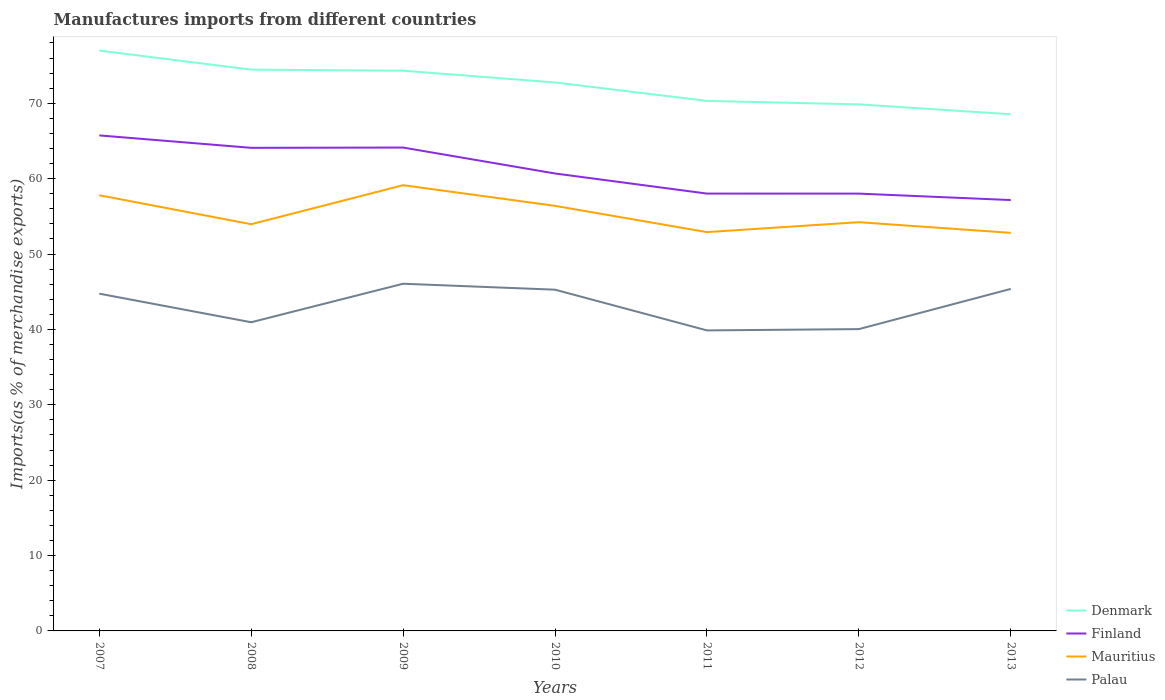
| Years | Denmark | Finland | Mauritius | Palau |
 | --- | --- | --- | --- | --- |
 | 2007 | 77 | 65.7 | 57.8 | 44.7 |
 | 2008 | 74.5 | 64.1 | 54 | 40.9 |
 | 2009 | 74.3 | 64.1 | 59.1 | 46.1 |
 | 2010 | 72.8 | 60.7 | 56.4 | 45.3 |
 | 2011 | 70.3 | 58 | 52.9 | 39.9 |
 | 2012 | 69.9 | 58 | 54.2 | 40 |
 | 2013 | 68.5 | 57.2 | 52.8 | 45.4 |